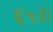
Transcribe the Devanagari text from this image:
६५।।